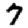
Digit: 7